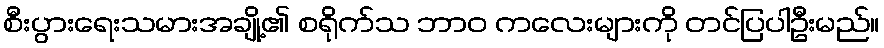
စီးပွားရေးသမားအချို့၏ စရိုက်သ ဘာဝ ကလေးများကို တင်ပြပါဦးမည်။